Report on vaccination in the Province of Bengal - 1869-1873
Year: 1869
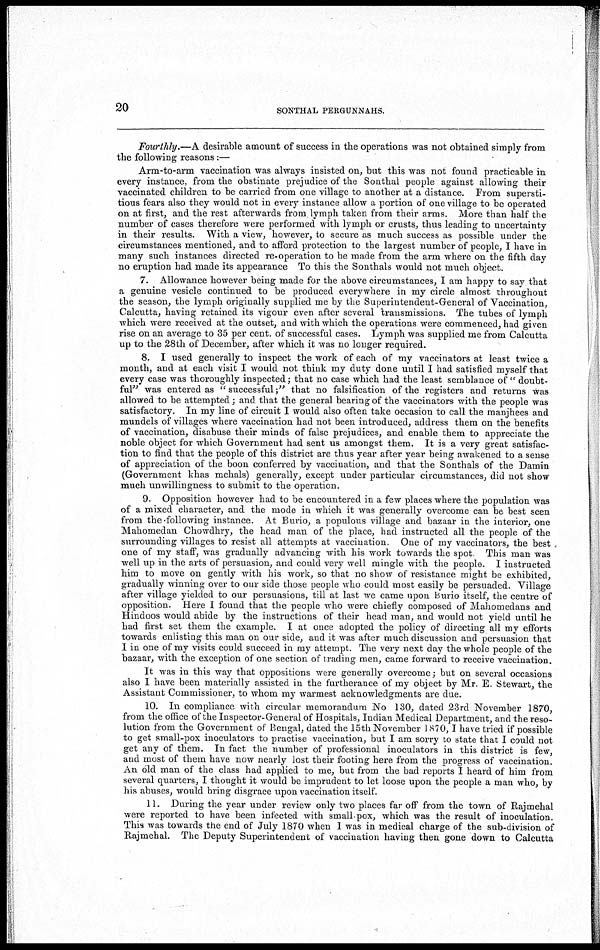
20
SONTHAL PERGUNNAHS.
Fourthly.—A desirable amount of success in the operations was not obtained simply from
the following reasons:—
Arm-to-arm vaccination was always insisted on, but this was not found practicable in
every instance, from the obstinate prejudice of the Sonthal people against allowing their
vaccinated children to be carried from one village to another at a distance. From supersti-
tious fears also they would not in every instance allow a portion of one village to be operated
on at first, and the rest afterwards from lymph taken from their arms. More than half the
number of cases therefore were performed with lymph or crusts, thus leading to uncertainty
in their results. With a view, however, to secure as much success as possible under the
circumstances mentioned, and to afford protection to the largest number of people, I have in
many such instances directed re-operation to be made from the arm where on the fifth day
no eruption had made its appearance To this the Sonthals would not much object.
7. Allowance however being made for the above circumstances, I am happy to say that
a genuine vesicle continued to be produced everywhere in my circle almost throughout
the season, the lymph originally supplied me by the Superintendent-General of Vaccination,
Calcutta, having retained its vigour even after several transmissions. The tubes of lymph
which were received at the outset, and with which the operations were commenced, had given
rise on an average to 35 per cent. of successful cases. Lymph was supplied me from Calcutta
up to the 28th of December, after which it was no longer required.
8. I used generally to inspect the work of each of my vaccinators at least twice a
month, and at each visit I would not think my duty done until I had satisfied myself that
every case was thoroughly inspected; that no case which had the least semblance of " doubt-
ful" was entered as " successful ;" that no falsification of the registers and returns was
allowed to be attempted; and that the general bearing of the vaccinators with the people was
satisfactory. In my line of circuit I would also often take occasion to call the manjhees and
mundels of villages where vaccination had not been introduced, address them on the benefits
of vaccination, disabuse their minds of false prejudices, and enable them to appreciate the
noble object for which Government had sent us amongst them. It is a very great satisfac-
tion to find that the people of this district are thus year after year being awakened to a sense
of appreciation of the boon conferred by vaccination, and that the Sonthals of the Damin
(Government khas mehals) generally, except under particular circumstances, did not show
much unwillingness to submit to the operation.
9. Opposition however had to be encountered in a few places where the population was
of a mixed character, and the mode in which it was generally overcome can be best seen
from the following instance. At Burio, a populous village and bazaar in the interior, one
Mahomedan Chowdhry, the head man of the place, had instructed all the people of the
surrounding villages to resist all attempts at vaccination One of my vaccinators, the best
one of my staff, was gradually advancing with his work towards the spot This man was
well up in the arts of persuasion, and could very well mingle with the people. I instructed
him to move on gently with his work, so that no show of resistance might be exhibited,
gradually winning over to our side those people who could most easily be persuaded. Village
after village yielded to our persuasions, till at last we came upon Burio itself, the centre of
opposition. Here I found that the people who were chiefly composed of Mahomedans and
Hindoos would abide by the instructions of their head man, and would not yield until he
had first set them the example. I at once adopted the policy of directing all my efforts
towards enlisting this man on our side, and it was after much discussion and persuasion that
I in one of my visits could succeed in my attempt. The very next day the whole people of the
bazaar, with the exception of one section of trading men, came forward to receive vaccination.
It was in this way that oppositions were generally overcome; but on several occasions
also I have been materially assisted in the furtherance of my object by Mr E. Stewart, the
Assistant Commissioner, to whom my warmest acknowledgments are due.
10. In compliance with circular memorandum No 130, dated 23rd November 1870,
from the office of the Inspector-General of Hospitals, Indian Medical Department, and the reso-
lution from the Government of Bengal, dated the 15th November 1870, I have tried if possible
to get small-pox inoculators to practise vaccination, but I am sorry to state that I could not
get any of them. In fact the number of professional inoculators in this district is few,
and most of them have now nearly lost their footing here from the progress of vaccination.
An old man of the class had applied to me, but from the bad reports I heard of him from
several quarters, I thought it would be imprudent to let loose upon the people a man who, by
his abuses, would bring disgrace upon vaccination itself.
11. During the year under review only two places far off from the town of Rajmehal
were reported to have been infected with small-pox, which was the result of inoculation.
This was towards the end of July 1870 when 1 was in medical charge of the sub-division of
Rajmehal. The Deputy Superintendent of vaccination having then gone down to Calcutta